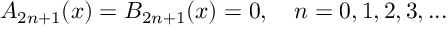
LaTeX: A _ { 2 n + 1 } ( x ) = B _ { 2 n + 1 } ( x ) = 0 , \quad n = 0 , 1 , 2 , 3 , . . .